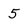
Character: 5